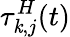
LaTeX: \tau_{\mathit{k},j}^{H}(t)